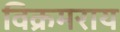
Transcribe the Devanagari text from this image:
विक्रमराय